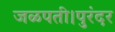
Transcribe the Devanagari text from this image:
जळपती।पुरंदर